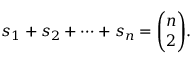
s _ { 1 } + s _ { 2 } + \cdots + s _ { n } = { \binom { n } { 2 } } .